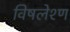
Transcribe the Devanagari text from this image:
विषलेश्ण